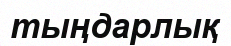
тыңдарлық